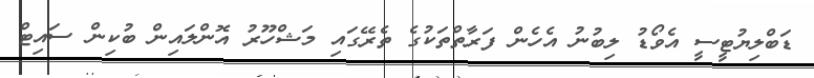
ޑަބްލިޔުޓީސީ އެވޯޑު ލިބުނު އެހެން ފަރާތްތަކުގެ ތެރޭގައި މަޝްހޫރު އޮންލައިން ބުކިން ސައިޓް